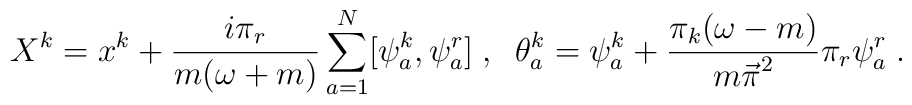
X^k=x^k+\frac{i\pi_r}{m(\omega+m)}\sum_{a=1}^{N} [\psi^k_a,\psi^r_a]\;,\;\;\theta^k_a=\psi_a^k+\frac{\pi_k(\omega-m)}{{m \vec\pi}^2}\pi_r\psi^r_a \;.